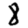
Digit: 8